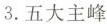
3.五大主峰